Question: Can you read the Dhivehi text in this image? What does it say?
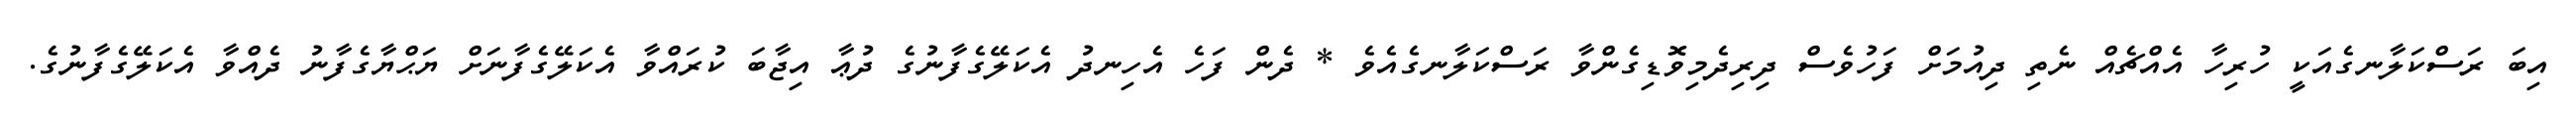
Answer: އިބަ ރަސްކަލާނގެއަކީ ހުރިހާ އެއްޗެއް ނެތި ދިއުމަށް ފަހުވެސް ދިރިދެމިވޮޑިގެންވާ ރަސްކަލާނގެއެވެ * ދެން ފަހެ އެހިނދު އެކަލޭގެފާނުގެ ދުޢާ އިޖާބަ ކުރައްވާ އެކަލޭގެފާނަށް ޔަޙްޔާގެފާނު ދެއްވާ އެކަލޭގެފާނުގެ.